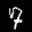
Label: 7